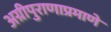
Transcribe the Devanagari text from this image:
अग्रीपुराणाप्रमाणे